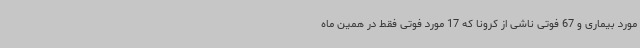
مورد بیماری و 67 فوتی ناشی از کرونا که 17 مورد فوتی فقط در همین ماه